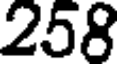
258